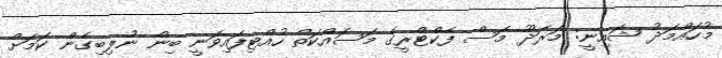
މުހައްމަދު ޝައިނީ: މަރަދޫ މަސް ފެކްޓްރީގެ މަސައްކަތް ހުއްޓިފައިވަނީ ބިން ނުލިބިގެން ކަމަށް